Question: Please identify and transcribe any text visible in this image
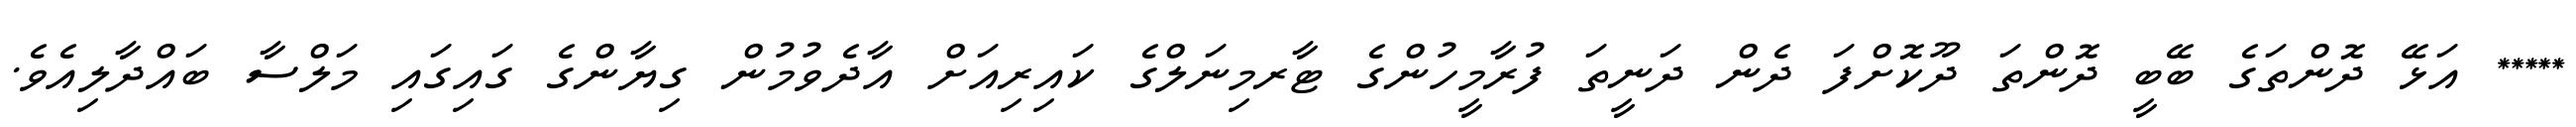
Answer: ***** އަޅޭ ދޮންތަގެ ބޭބީ ދޮންތަ ދޫކޮށްފަ ދެން ދަނީތަ ފުރާމީހުންގެ ޓާރމިނަލްގެ ކައިރިއަށް އާދެވުމުން ގިޔާންގެ ގައިގައި މަލްސާ ބައްދާލިއެވެ.